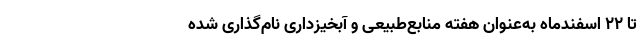
تا ۲۲ اسفندماه به‌عنوان هفته منابع‌طبیعی و آبخیزداری نام‌گذاری شده